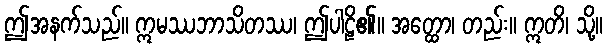
ဤအနက်သည်။ ဣမဿဘာသိတဿ၊ ဤပါဠိ၏။ အတ္ထော၊ တည်း။ ဣတိ၊ သို့။